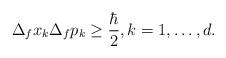
LaTeX: \begin{align*}\Delta_f x_k \Delta_f p_k \geq \frac{\hbar}{2}, k = 1, \ldots, d.\end{align*}